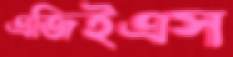
এজিইএস